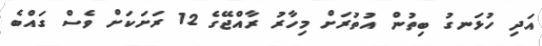
އަދި ހުޅަނގު ބިތުން އުތުރަށް މިހާރު ރާއްޖޭގެ 12 ރަށަކަށް ވެސް ގައްބެ